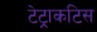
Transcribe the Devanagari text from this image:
टेट्राकटिस